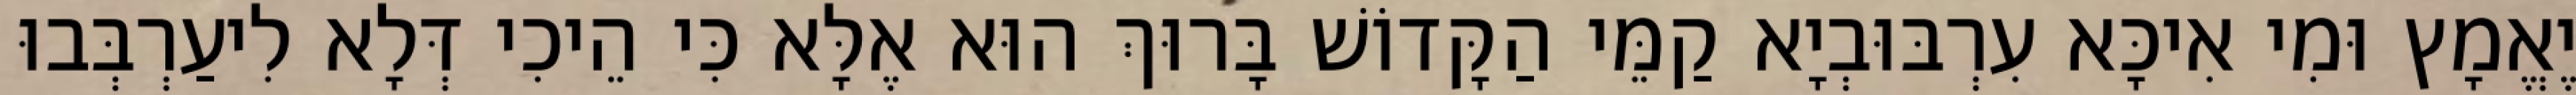
יֶאֱמָץ וּמִי אִיכָּא עִרְבּוּבְיָא קַמֵּי הַקָּדוֹשׁ בָּרוּךְ הוּא אֶלָּא כִּי הֵיכִי דְּלָא לִיעַרְבְּבוּ